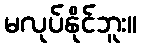
မလုပ်နိုင်ဘူး။